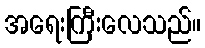
အရေးကြီးလေသည်။